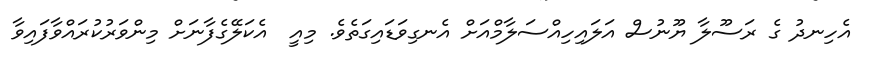
އެހިނދު ގެ ރަސޫލާ ޔޫނުސް އަލައިހިއްސަލާމްއަށް އެނގިވަޑައިގަތެވެ. މިއީ  އެކަލޭގެފާނަށް މިންވަރުކުރައްވާފައިވާ